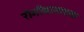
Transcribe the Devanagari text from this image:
रोमीबानाशक